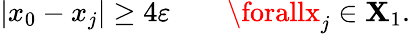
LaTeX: |x_{0}-x_{j}|\geq4\varepsilon\qquad\forallx_{j}\in\mathbf{X}_{1}.